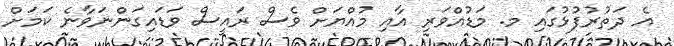
އެ ދަތުރުފުޅުގައި މ. މަޑުއްވަރި އާއި މުއްޔަށް ވެސް ރައީސް ވަޑައިގަންނަވާނެ ކަމަށް